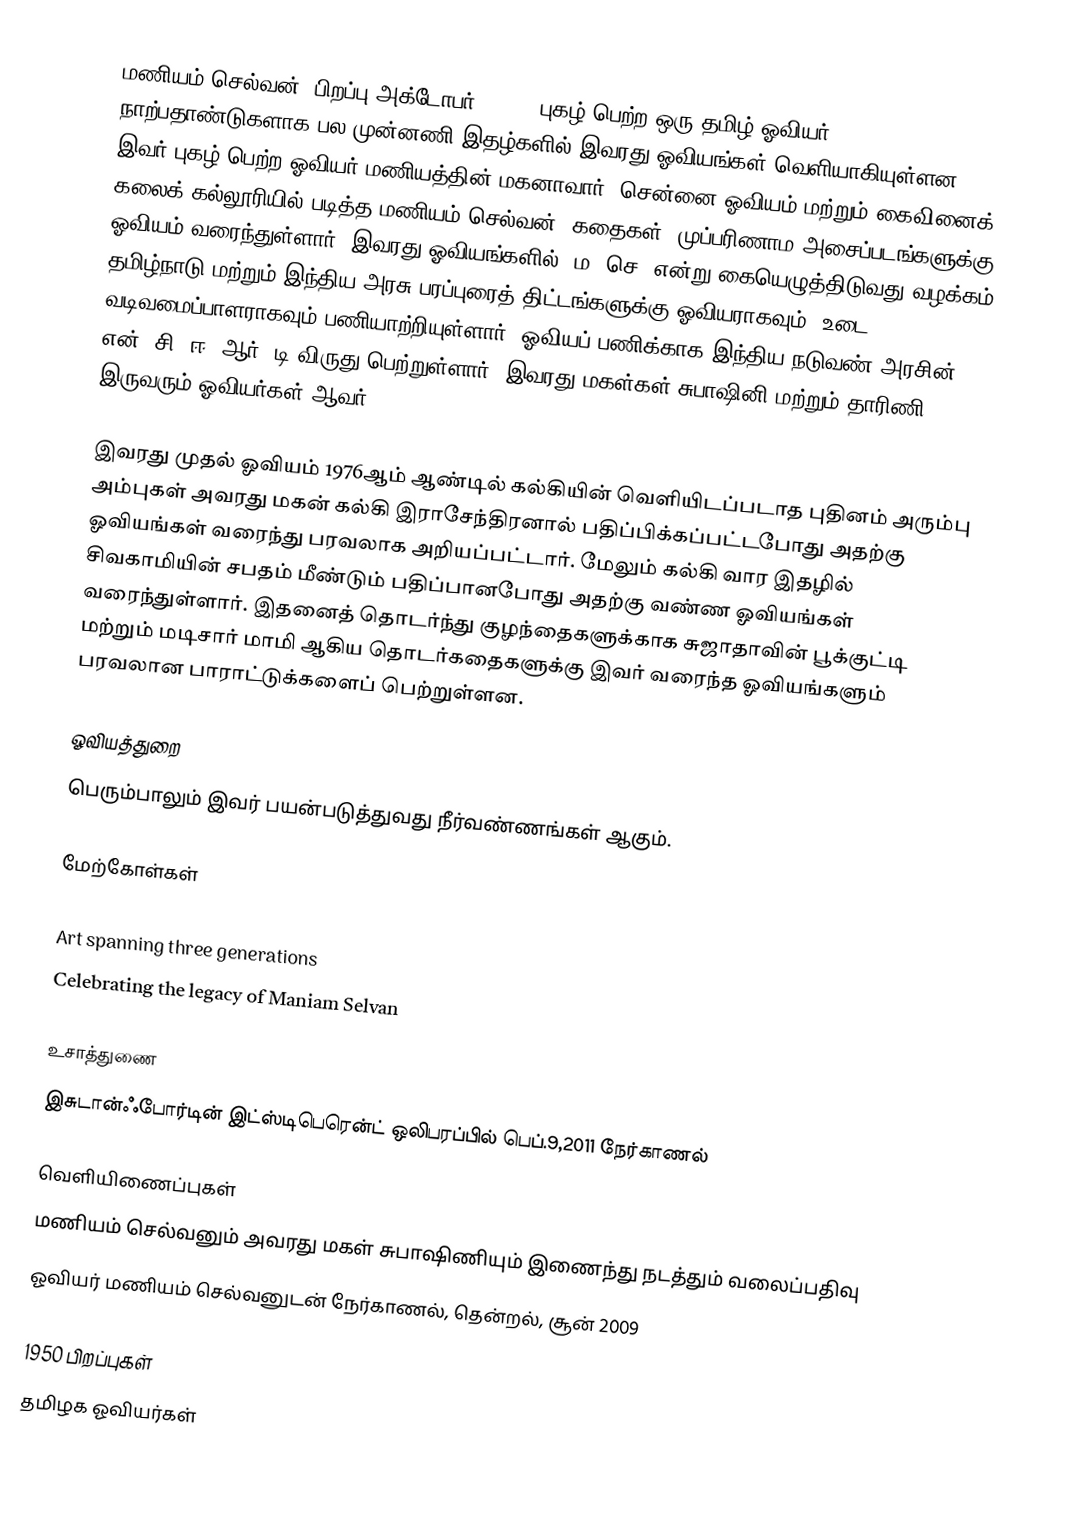
மணியம் செல்வன் (பிறப்பு:அக்டோபர், 1950) புகழ்  பெற்ற ஒரு தமிழ் ஓவியர். நாற்பதாண்டுகளாக பல முன்னணி இதழ்களில் இவரது ஓவியங்கள் வெளியாகியுள்ளன. இவர் புகழ் பெற்ற ஓவியர் மணியத்தின் மகனாவார். சென்னை ஓவியம் மற்றும் கைவினைக் கலைக் கல்லூரியில் படித்த மணியம் செல்வன், கதைகள், முப்பரிணாம அசைப்படங்களுக்கு ஓவியம் வரைந்துள்ளார். இவரது ஓவியங்களில் “ம. செ” என்று கையெழுத்திடுவது வழக்கம். தமிழ்நாடு மற்றும் இந்திய அரசு பரப்புரைத் திட்டங்களுக்கு ஓவியராகவும், உடை வடிவமைப்பாளராகவும் பணியாற்றியுள்ளார். ஓவியப் பணிக்காக இந்திய நடுவண் அரசின் என். சி. ஈ. ஆர். டி விருது பெற்றுள்ளார். இவரது மகள்கள் சுபாஷினி மற்றும் தாரிணி இருவரும் ஓவியர்கள் ஆவர்.

இவரது முதல் ஓவியம் 1976ஆம் ஆண்டில் கல்கியின் வெளியிடப்படாத புதினம் அரும்பு அம்புகள் அவரது மகன் கல்கி இராசேந்திரனால் பதிப்பிக்கப்பட்டபோது அதற்கு ஓவியங்கள் வரைந்து பரவலாக அறியப்பட்டார். மேலும் கல்கி வார இதழில் சிவகாமியின் சபதம் மீண்டும் பதிப்பானபோது அதற்கு வண்ண ஓவியங்கள் வரைந்துள்ளார். இதனைத் தொடர்ந்து குழந்தைகளுக்காக சுஜாதாவின் பூக்குட்டி மற்றும் மடிசார் மாமி ஆகிய தொடர்கதைகளுக்கு இவர் வரைந்த ஓவியங்களும் பரவலான பாராட்டுக்களைப் பெற்றுள்ளன.

ஓவியத்துறை
பெரும்பாலும் இவர் பயன்படுத்துவது நீர்வண்ணங்கள் ஆகும்.

மேற்கோள்கள்

Art spanning three generations
Celebrating the legacy of Maniam Selvan

உசாத்துணை
 இசுடான்ஃபோர்டின் இட்ஸ்டிபெரென்ட் ஒலிபரப்பில் பெப்.9,2011 நேர்காணல்

வெளியிணைப்புகள்
 மணியம் செல்வனும் அவரது மகள் சுபாஷிணியும் இணைந்து நடத்தும் வலைப்பதிவு
 ஓவியர் மணியம் செல்வனுடன் நேர்காணல், தென்றல், சூன் 2009

1950 பிறப்புகள்
தமிழக ஓவியர்கள்